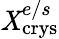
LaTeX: \mathit{X}_{\mathrm{{crys}}}^{e/s}